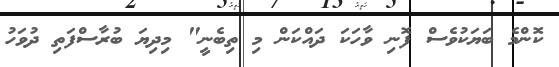
ކޮންމެ ބަޔަކުވެސް ފޮނި ވާހަކަ ދައްކަން މި ތިބެނީ" މިދިޔަ ބުރާސްފަތި ދުވަހު